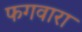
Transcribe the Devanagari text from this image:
फगवारा